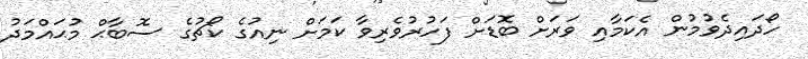
ހޯދައިދެވުމުން އެކަމާއި ވަރަށް ބޮޑަށް ފަހުރުވެރިވާ ކަމަށް ނިއުގެ ކޯޗުގެ ސޮބާޙް މުޙައްމަދު